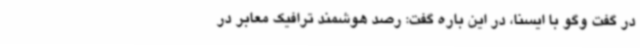
در گفت وگو با ایسنا، در این باره گفت: رصد هوشمند ترافیک معابر در